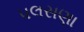
પલસણા